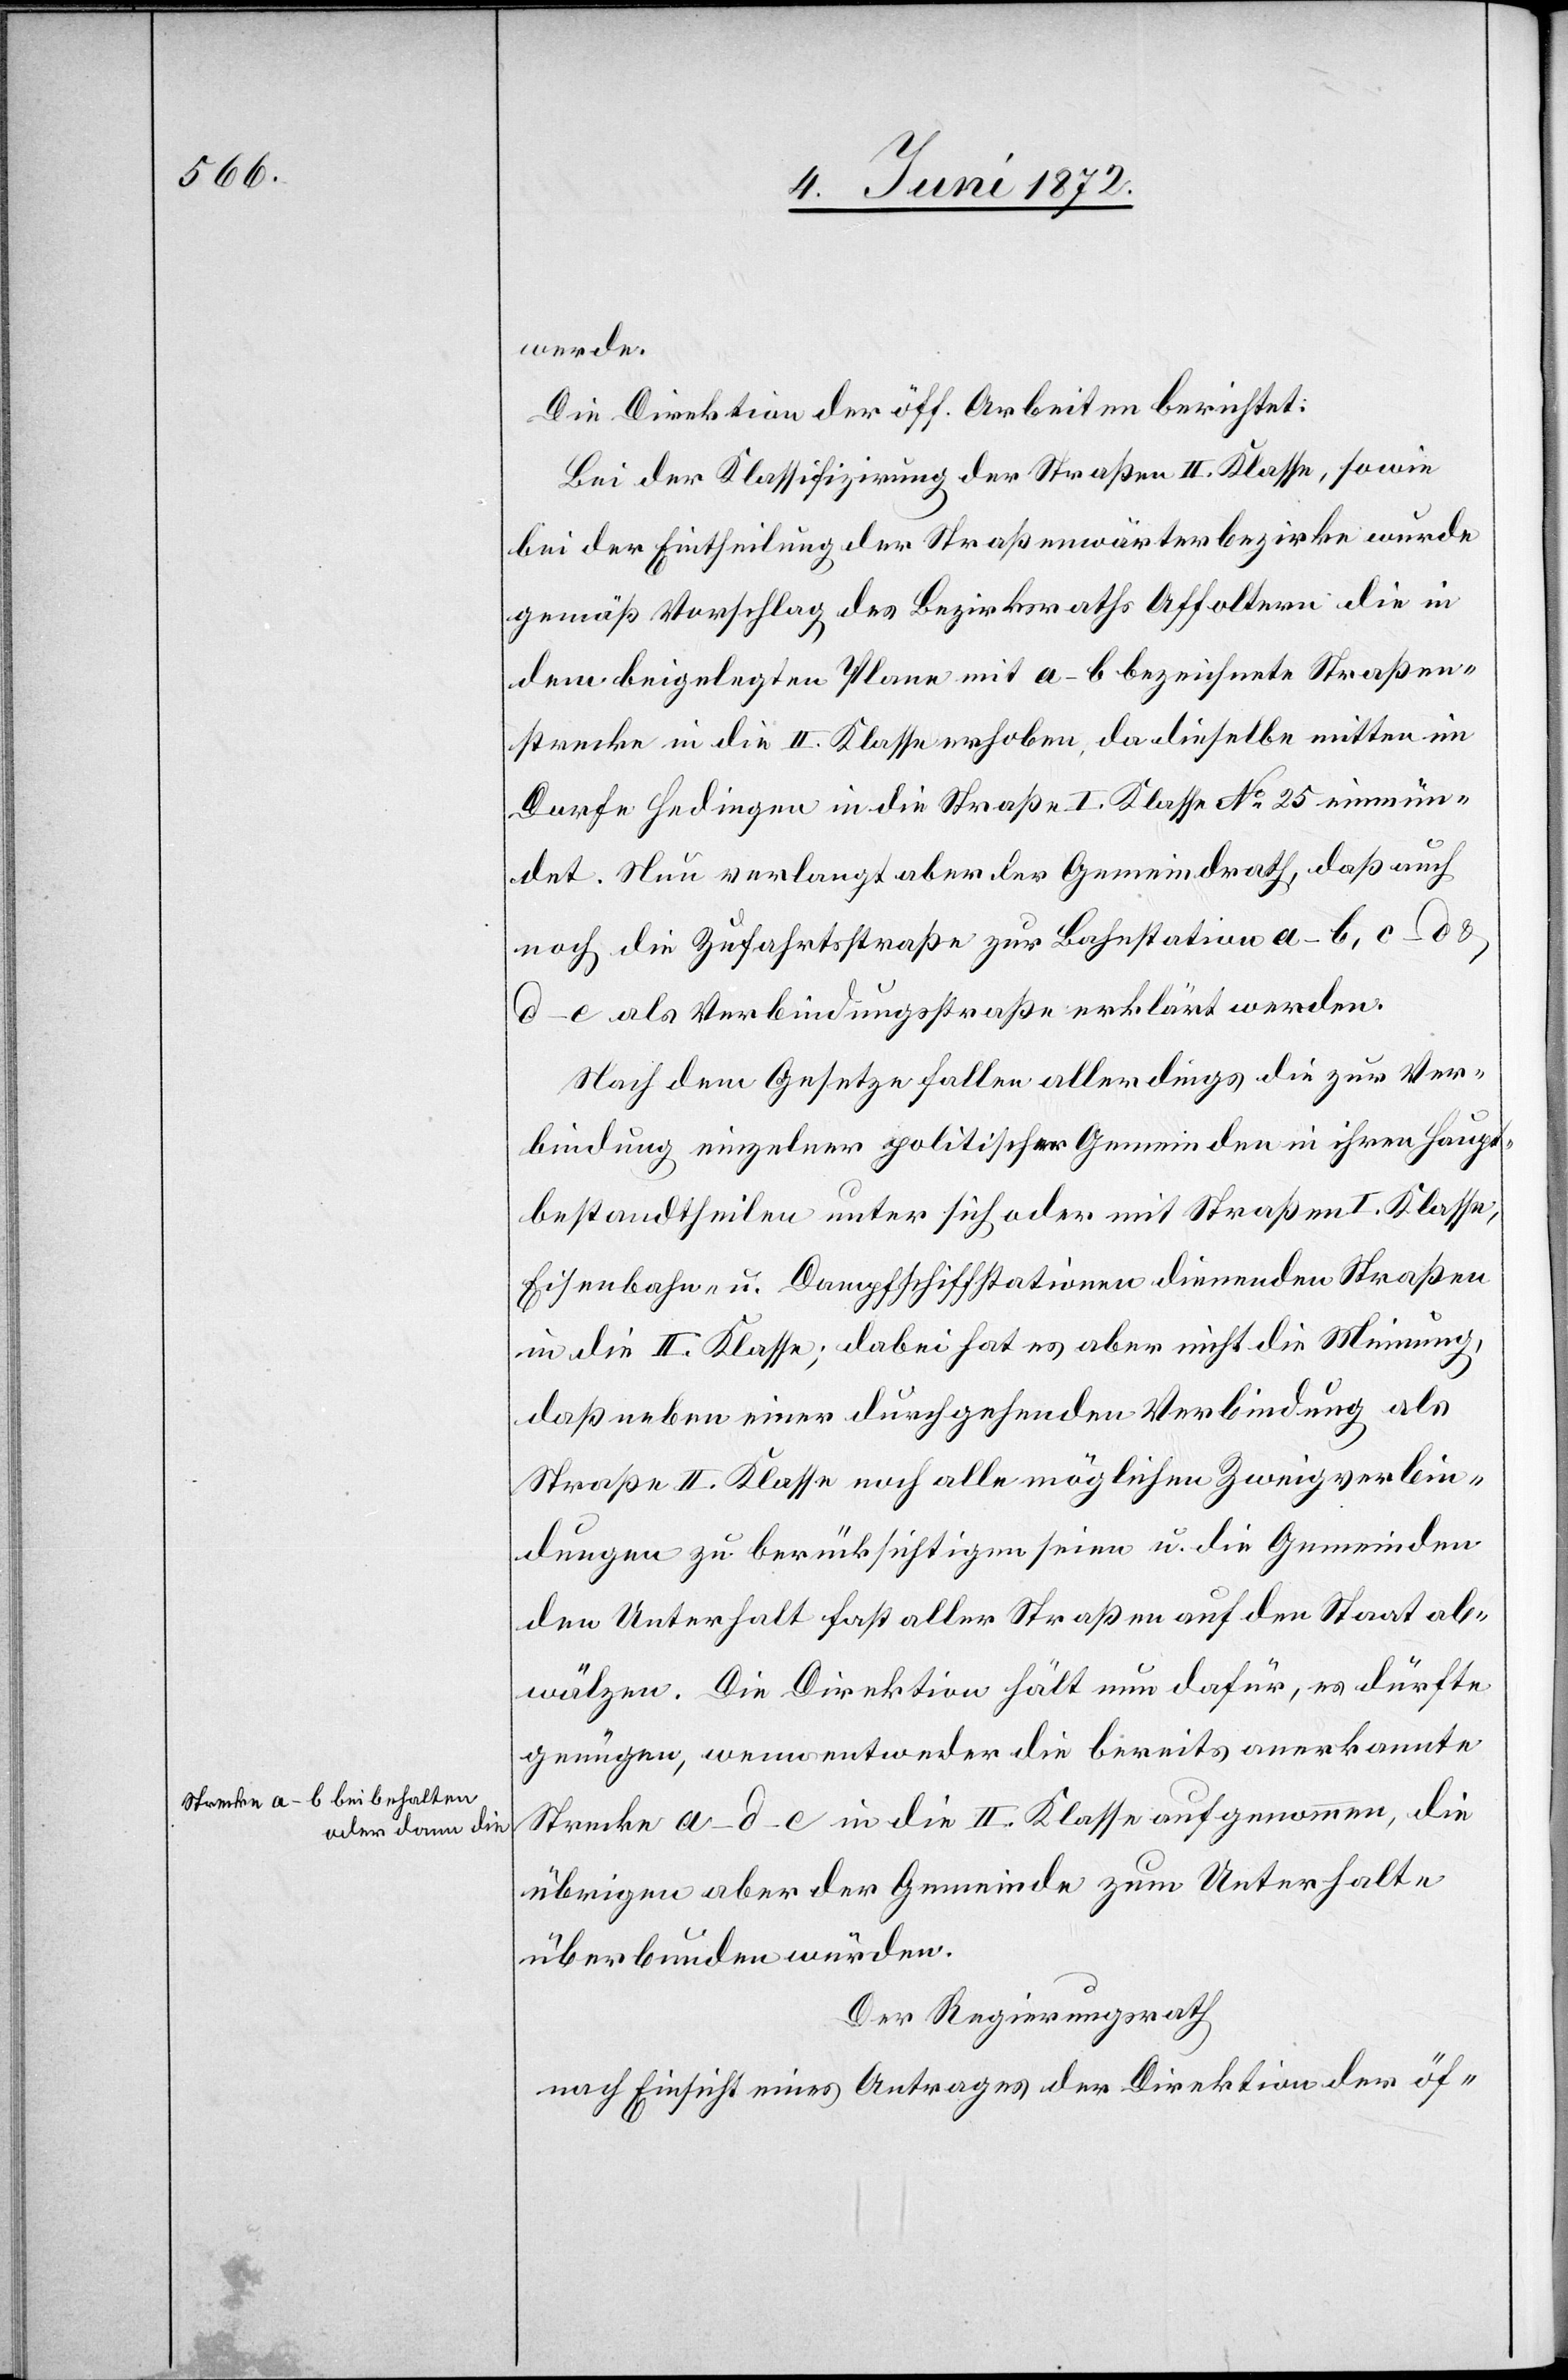
a-Strecke a–b beibehalten
oder dann die-a

werde.
Die Direktion der öff. Arbeiten berichtet:
Bei der Klassifikation der Straßen II. Klasse, sowie
bei der Eintheilung der Straßenwärterbezirke wurde
gemäß Vorschlag des Bezirksraths Affoltern die in
dem beigelegten Plane mit a–b bezeichnete Straßen¬
strecke in die II. Klasse erhoben, da dieselbe mitten im
Dorfe Hedingen in die Straße I. Klasse No 25 einmün¬
det. Neu verlangt aber der Gemeindrath, daß auch
noch die Zufahrtsstraße zur Bahnstation a–b, c–d
u. d–e als Verbindungsstraße erklärt werden.
Nach dem Gesetze fallen allerdings die zur Ver¬
bindung einzelner politischer Gemeinden in ihren Haupt¬
bestandtheilen unter sich oder mit Straßen I. Klasse,
Eisenbahn- u. Dampfschiffstationen dienenden Straßen
in die II. Klasse; dabei hat es aber nicht die Meinung,
daß neben einer durchgehenden Verbindung als
Straße II. Klasse noch alle möglichen Zweigverbin¬
dungen zu berücksichtigen seien u. die Gemeinden
den Unterhalt fast aller Straßen auf den Staat ab¬
wälzen. Die Direktion hält nun dafür, es dürfte
genügen, wenn entweder die bereits anerkannte
Strecke a–d–e in die II. Klasse aufgenommen, die
übrigen aber der Gemeinde zum Unterhalte
überbunden würden.
Der Regierungsrath
nach Einsicht eines Antrages der Direktion der öf-